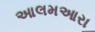
આલમઆરા